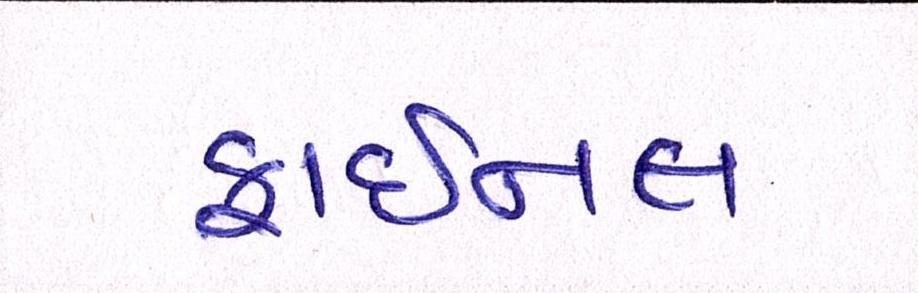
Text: ફાઈનલ